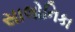
સાલોનિકા